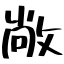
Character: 敞